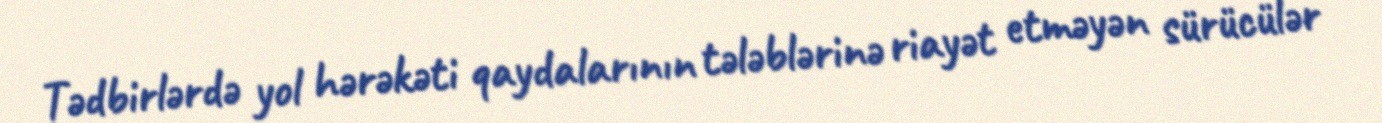
Tədbirlərdə yol hərəkəti qaydalarının tələblərinə riayət etməyən sürücülər